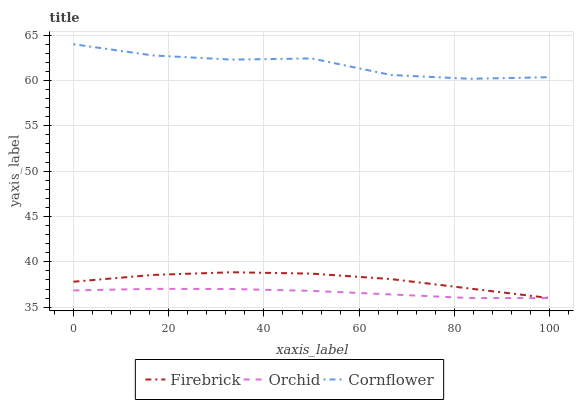
| xaxis_label | Firebrick | Orchid | Cornflower |
 | --- | --- | --- | --- |
 | 0 | 37.8 | 36.8 | 64 |
 | 16.7 | 38.6 | 37 | 62.8 |
 | 33.3 | 38.8 | 37 | 62.3 |
 | 50 | 38.7 | 36.8 | 62.4 |
 | 66.7 | 38.1 | 36.4 | 60.6 |
 | 83.3 | 37 | 36 | 60.2 |
 | 100 | 36 | 36 | 60.4 |